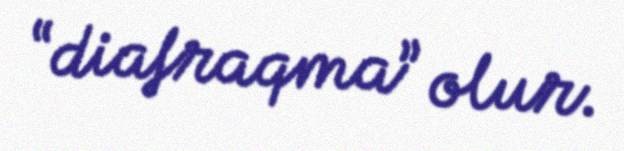
“diafraqma” olur.